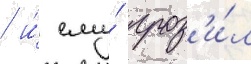
/ и́ ему́ гроз'и́л